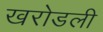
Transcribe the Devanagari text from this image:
खरोडली